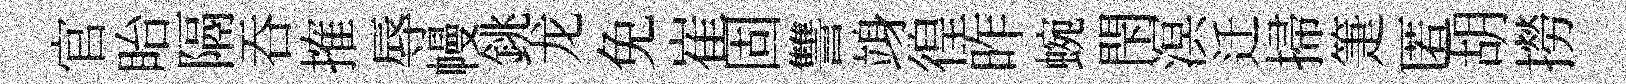
官眙隔吞搉辱幔銚龙免崔固讐竧徨昨蜿閇溟迁掃箑匿胡撈